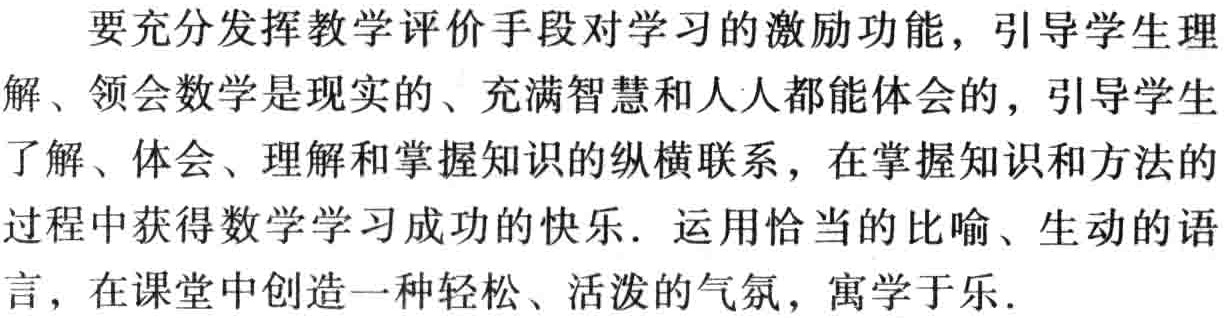
要充分发挥教学评价手段对学习的激励功能，引导学生理
解、领会数学是现实的、充满智慧和人人都能体会的，引导学生
了解、体会、理解和掌握知识的纵横联系，在掌握知识和方法的
过程中获得数学学习成功的快乐. 运用恰当的比喻、生动的语
言，在课堂中创造一种轻松、活泼的气氛，寓学于乐.